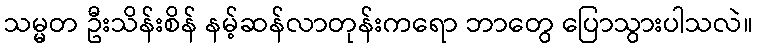
သမ္မတ ဦးသိန်းစိန် နမ့်ဆန်လာတုန်းကရော ဘာတွေ ပြောသွားပါသလဲ။